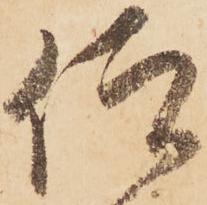
仰